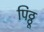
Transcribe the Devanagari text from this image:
पिठ्ठू